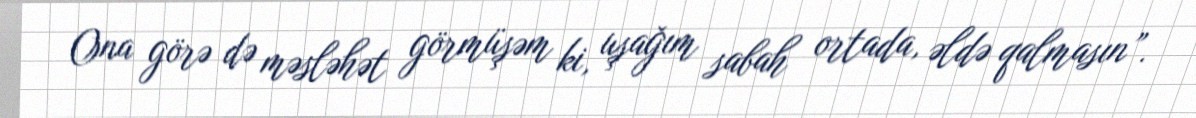
Ona görə də məsləhət görmüşəm ki, uşağım sabah ortada, əldə qalmasın”.